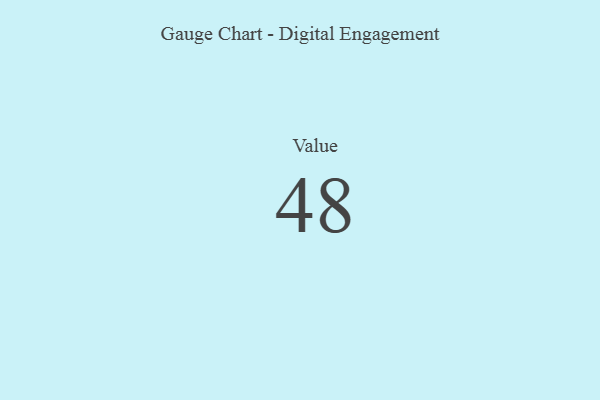
{"axis": {"x": "Metric", "y": "Value"}, "legend": [""], "data": [{"x": "Value", "y": 48, "type": ""}]}